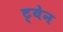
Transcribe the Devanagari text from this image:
ट्येन